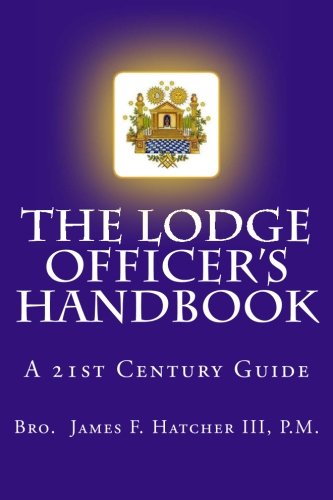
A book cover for The Lodge Officer's Handbook: For the 21st Century Masonic Officer (Tools for the 21st Century Mason) (Volume 2); James Hatcher; Religion & Spirituality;